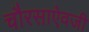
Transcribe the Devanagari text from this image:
चौरसाऐवजी